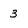
Character: 3